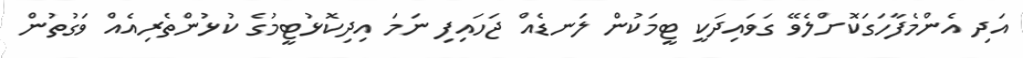
އަދި އެންމެފާހަގަކޮށްލެވޭ ގަވައިދަކީ ޓީމަކުން ލަނޑެއް ޖަހައިފި ނަމަ އިދިކޮޅުޓީމުގެ ކުޅުންތެރިއެއް ވަގުތުން